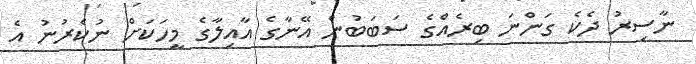
ނާސިރު ދެކެ ގަންނަ ބިރެއްގެ ސަބަބުން އޭނާގެ އާއިލާގެ މީހަކަށް ނުކެރުނު އެ